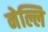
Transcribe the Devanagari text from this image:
नेल्लि